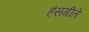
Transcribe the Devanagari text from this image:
हंसगीते